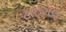
ટાઇગલ